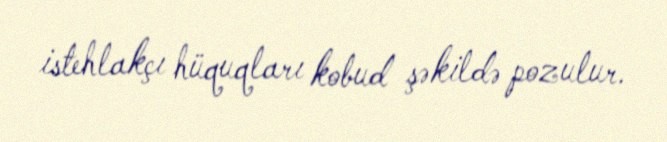
istehlakçı hüquqları kobud şəkildə pozulur.